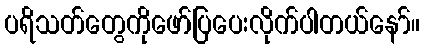
ပရိသတ်တွေကိုဖော်ပြပေးလိုက်ပါတယ်နော်။